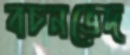
বচনভেদ